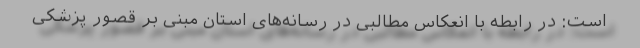
است: در رابطه با انعکاس مطالبی در رسانه‌های استان مبنی بر قصور پزشکی